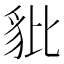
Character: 豼